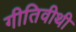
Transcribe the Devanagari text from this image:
गीतिवीथी